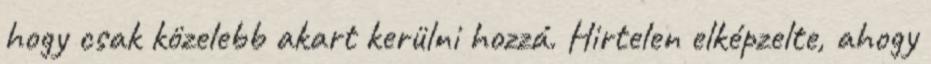
hogy csak közelebb akart kerülni hozzá. Hirtelen elképzelte, ahogy